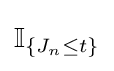
\operatorname {\mathbb {I} } _{\{J_{n}\leq t\}}